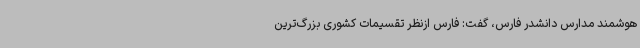
هوشمند مدارس دانشدر فارس، گفت: فارس ازنظر تقسیمات کشوری بزرگ‌ترین